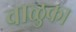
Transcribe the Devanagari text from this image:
वाळुका